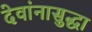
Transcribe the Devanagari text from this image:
देवांनासुद्धा